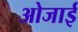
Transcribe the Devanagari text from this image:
ओजाई